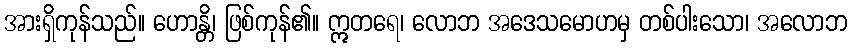
အားရှိကုန်သည်။ ဟောန္တိ၊ ဖြစ်ကုန်၏။ ဣတရေ၊ လောဘ အဒေသမောဟမှ တစ်ပါးသော၊ အလောဘ